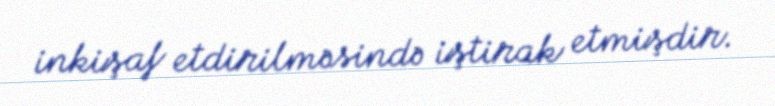
inkişaf etdirilməsində iştirak etmişdir.